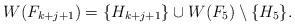
LaTeX: \begin{align*}W(F_{k+j+1}) = \{H_{k+j+1}\} \cup W(F_5) \setminus \{H_5\}.\end{align*}